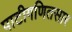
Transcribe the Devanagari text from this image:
पाटीगणितसार